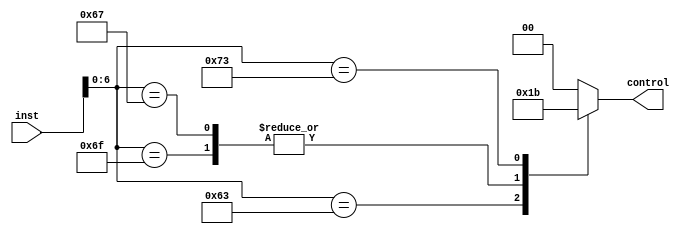
module pc_sel (
  input [31:0] inst,
  output reg [1:0] control
);

wire [6:0] opcode;

assign opcode = inst[6:0];

always @(opcode) begin
  case (opcode)
    7'b1100011: control <= 2'b01;
    7'b1101111: control <= 2'b10;
    7'b1100111: control <= 2'b10;
    7'b1110011: control <= 2'b11;
    default: control <= 2'b00;
  endcase
end

endmodule